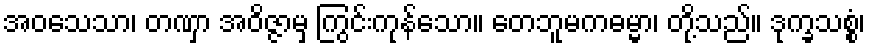
အဝသေသာ၊ တဏှာ အဝိဇ္ဇာမှ ကြွင်းကုန်သော။ တေဘူမကဓမ္မာ၊ တို့သည်။ ဒုက္ခသစ္စံ၊